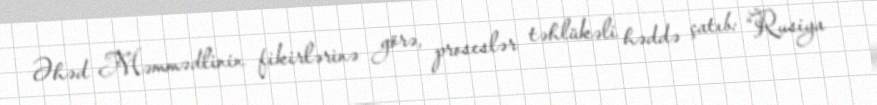
Əhəd Məmmədlinin fikirlərinə görə, proseslər təhlükəli həddə çatıb: “Rusiya